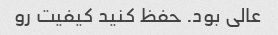
عالی بود. حفظ کنید کیفیت رو